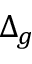
\Delta _ { g }